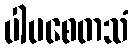
ပါပစေတသံ